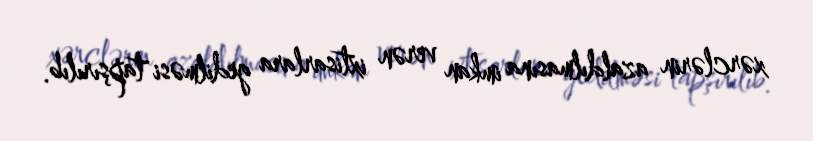
xərclərin azaldılmasına imkan verən ixtisarlara gedilməsi tapşırılıb.